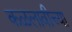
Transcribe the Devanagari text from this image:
कळलावीच्या